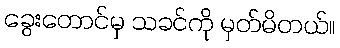
ခွေးတောင်မှ သခင်ကို မှတ်မိတယ်။